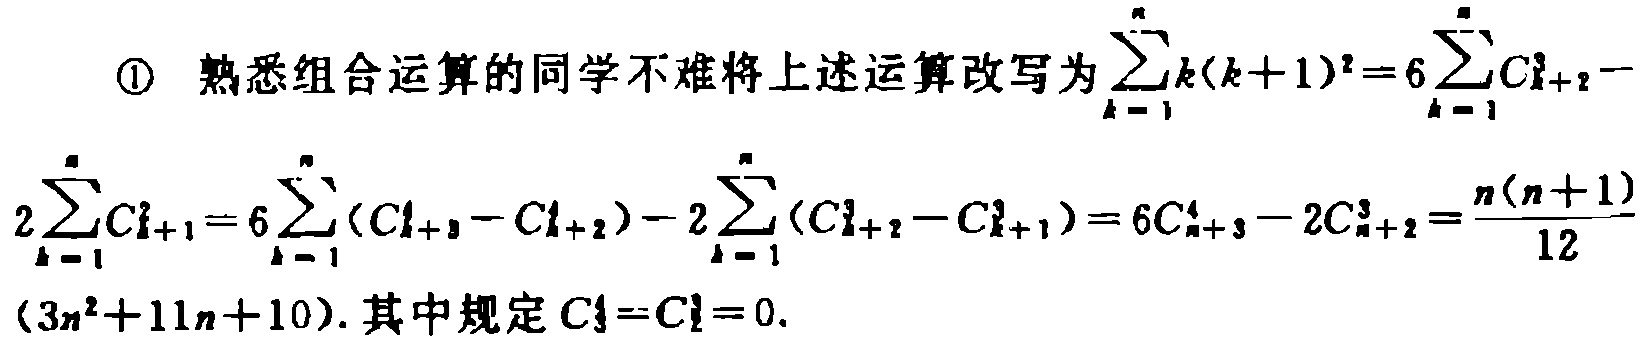
\textcircled{1} 熟悉组合运算的同学不难将上述运算改写为\(\sum_{k = 1}^{n}k(k + 1)^{2}=6\sum_{k = 1}^{n}C_{k + 2}^{3}-2\sum_{k = 1}^{n}C_{k + 1}^{2}=6\sum_{k = 1}^{n}(C_{k + 3}^{4}-C_{k + 2}^{4})-2\sum_{k = 1}^{n}(C_{k + 2}^{3}-C_{k + 1}^{3})=6C_{n + 3}^{4}-2C_{n + 2}^{3}=\frac{n(n + 1)}{12}(3n^{2}+11n + 10)\). 其中规定\(C_{1}^{0}=C_{0}^{1}=0\).